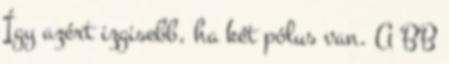
Így azért izgisebb, ha két pólus van. A BB